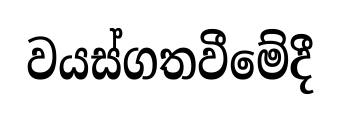
වයස්ගතවීමේදී